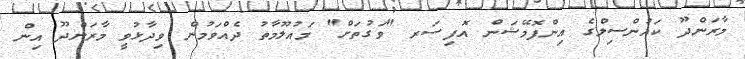
މާރަންދޫ ކައުންސިލްގެ އިންފޮމޭޝަން އޮފިސަރ "ވަގުތަށް" މައުލޫމާތު ދެއްވަމުން ވިދާޅުވީ މާރަންދޫ އިން